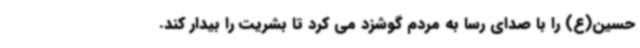
حسین(ع) را با صدای رسا به مردم گوشزد می کرد تا بشریت را بیدار کند.